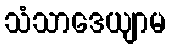
သံသာဒေယျာမ